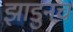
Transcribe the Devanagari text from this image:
झाडुनच